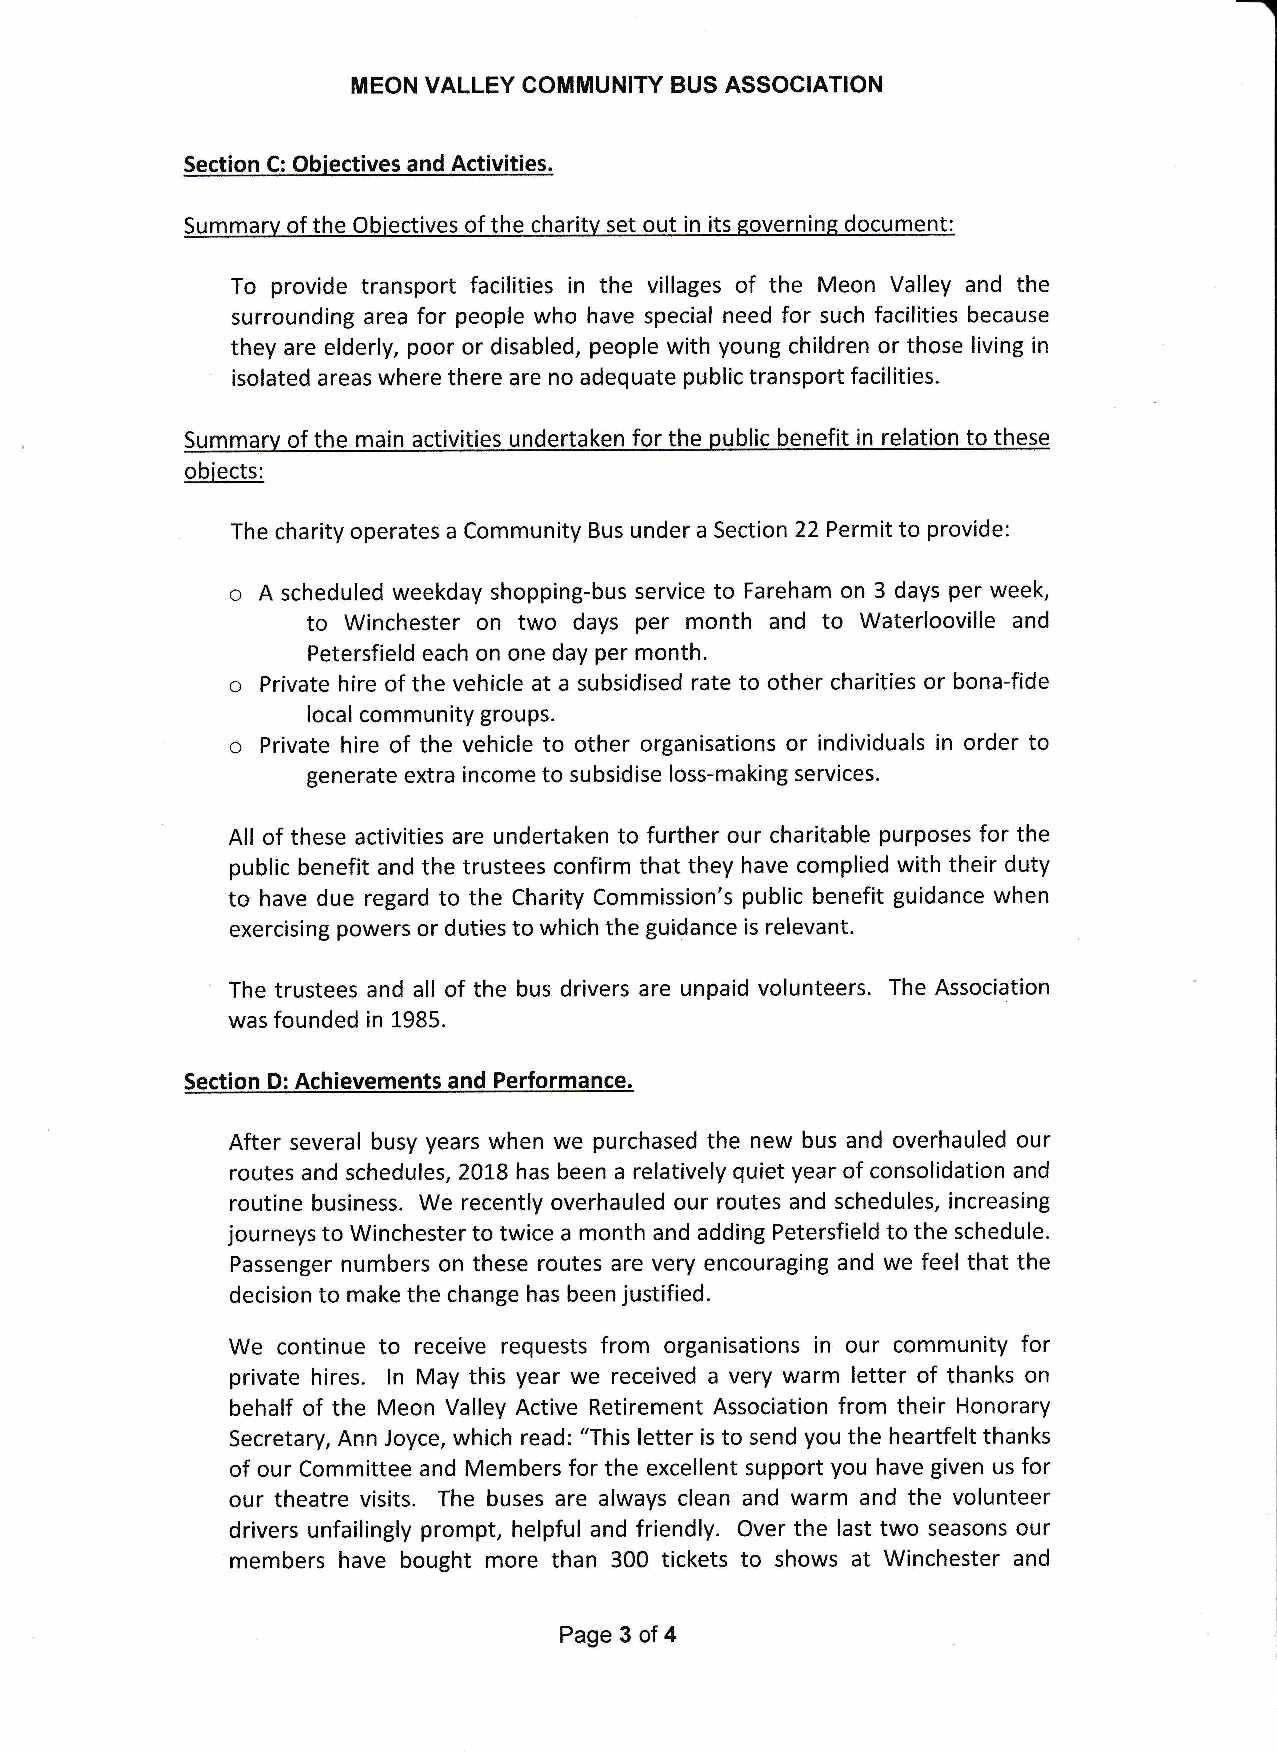
MEON VALLEY GOMMUNITY BUS ASSOCIATION
 Seclion C: Obiectives and Activities.
 Summary of the Obiectives of lhe charitv set out in its governing document:
 To provide transport facilities in the villages of the Meon Valley and the
 surrounding area for people who have special need for such facilities because
 they are elderly, poor or disabled, people with young children or those living in
 isolated areas where there are no adequate public transport facilities.
 Summarv of the- main activities undertaken for the public benefit in relation to these
 obiects:
 The charity operates a Community Bus under a Section 22 Permit to provide:
 A scheduled weekday shopping-bus service to Fareham on 3 days per week,
 to Winchester on two days per month and to Waterlooville and
 Petersfield each on one day per month.
 Private hire of the vehicle at a subsidised rate to other charities or bona-fide
 local community groups.
 Private hire of the vehicle to other organisations or individuals in order to
 generate extra income to subsidise loss-making services.
 All of these activities are undertaken to further our charitable purposes for the
 public benefit and the trustees confirm that they have complied with their duty
 to have due regard to the Charity Commission's public benefit guidance when
 exercising powers or duties to which the guidance is relevant.
 The trustees and all of the bus drivers are unpaid volunteers. The Association
 was founded in 1985.
 Section D: Achievements and Performance.
 After several busy years when we purchased the new bus and overhauled our
 routes and schedules, 20L8 has been a relatively quiet year of consolidation and
 routine business. We recently overhauled our routes and schedules, increasing
 journeys to Winchester to twice a month and adding Petersfield to the schedule.
 Passenger numbers on these routes are very encouraging and we feel that the
 decision to make the change has been justified.
 We continue to receive requests from organisations in our community for
 private hires. ln May this year we received a very warm letter of thanks on
 behalf of the Meon Valley Active Retirement Association from their Honorary
 Secretary, Ann Joyce, which read: "This letter is to send you the heartfelt thanks
 of our Committee and Members for the excellent support you have given us for
 our theatre visits. The buses are always clean and warm and the volunteer
 drivers unfailingly prompt, helpful and friendly. Over the last two seasons our
 members have bought more than 300 tickets to shows at Winchester and
 Page 3 of 4